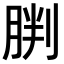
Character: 𫆠